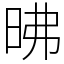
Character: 昲